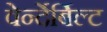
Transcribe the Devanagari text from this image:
वेर्न्देर्बिल्ट